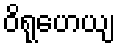
ဝိရုဟေယျ